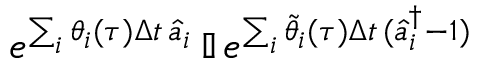
e ^ { \sum _ { i } \theta _ { i } ( \tau ) \Delta t \, \hat { a } _ { i } } \, \mathbb { I } \, e ^ { \sum _ { i } \tilde { \theta } _ { i } ( \tau ) \Delta t \, ( \hat { a } _ { i } ^ { \dagger } - 1 ) }